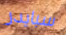
سبايدر